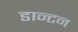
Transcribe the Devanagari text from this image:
डान्टन